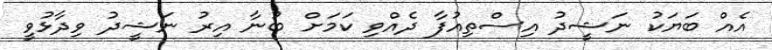
އެއް ބަޔަކު ނަޝީދު އިސްތިއުފާ ދެއްވި ކަމަށް ބުނާ އިރު ނަޝީދު ވިދާޅުވީ